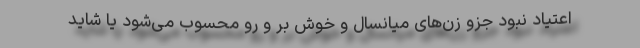
اعتیاد نبود جزو زن‌های میانسال و خوش بر و رو محسوب می‌شود یا شاید